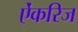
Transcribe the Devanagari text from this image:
ऐंकरिज